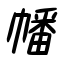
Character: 幡